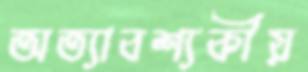
অত্যাবশ্যকীয়